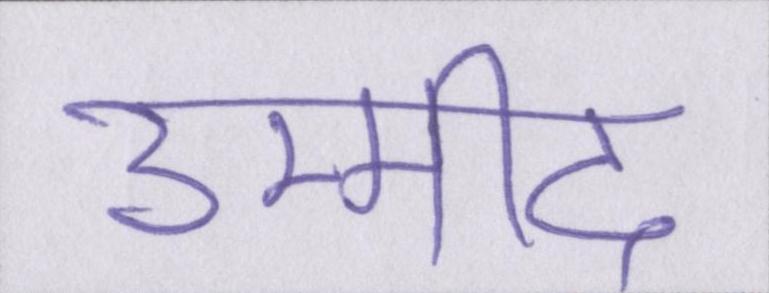
उम्मीद